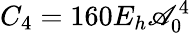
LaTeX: C_{4}=160E_{h}\mathscr{A}_{0}^{4}